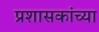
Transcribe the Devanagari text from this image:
प्रशासकांच्या